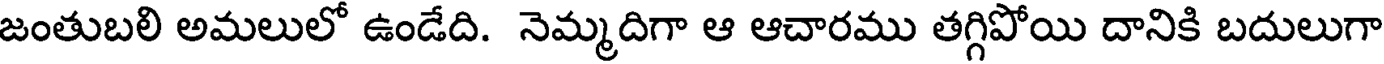
జంతుబలి అమలులో ఉండేది. నెమ్మదిగా ఆ ఆచారము తగ్గిపోయి దానికి బదులుగా